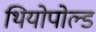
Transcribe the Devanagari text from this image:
थियोपोल्ड